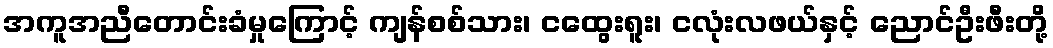
အကူအညီတောင်းခံမှုကြောင့် ကျန်စစ်သား၊ ငထွေးရူး၊ ငလုံးလဖယ်နှင့် ညောင်ဦးဖီးတို့